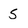
Character: 5